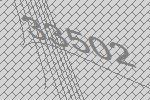
33502